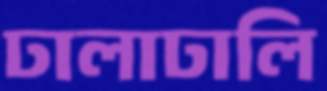
ঢালাঢালি